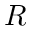
R